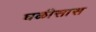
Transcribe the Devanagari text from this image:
घळीसास